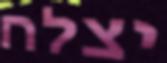
יצלח